Insane asylums Bombay 1873-77 - 1873-1877
Year: 1873
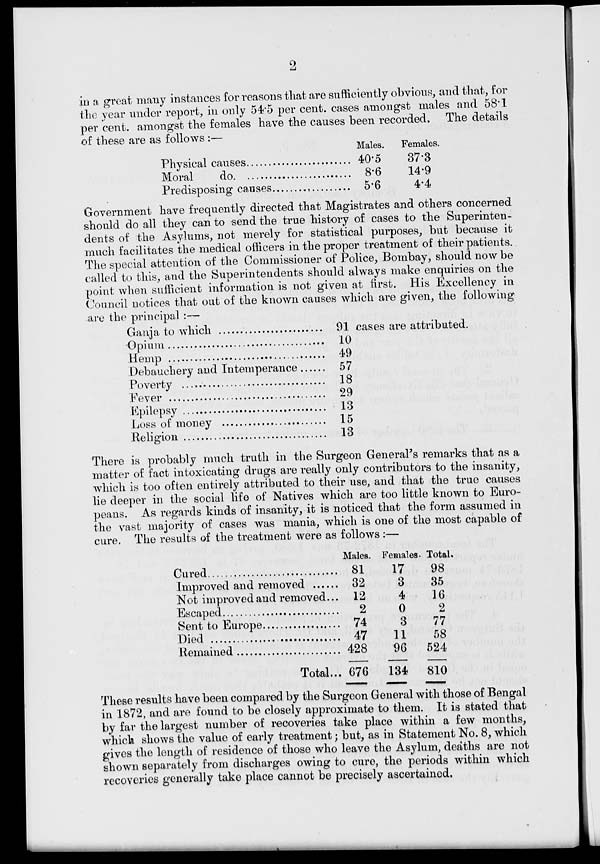
2
in a great many instances for reasons that are sufficiently obvious, and that, for
the year under report, in only 54.5 per cent. cases amongst males and 58.1
per cent. amongst the females have the causes been recorded. The details
of these are as follows :—
Physical causes ...................................
Moral do. ...................................
Predisposing causes ...................................
Males.
40.5
8.6
5.6
Females.
37.3
14.9
4.4
Government have frequently directed that Magistrates and others concerned
should do all they can to send the true history of cases to the Superinten-
dents of the Asylums, not merely for statistical purposes, but because it
much facilitates the medical officers in the proper treatment of their patients..
The special attention of the Commissioner of Police, Bombay, should now be
called to this, and the Superintendents should always make enquiries on the
point when sufficient information is not given at first. His Excellency in
Council notices that out of the known causes which are given, the following
are the principal :—
Ganja to which
Opium
Hemp
Debauchery and Intemperance
Poverty
Fever
Epilepsy
Loss of money
Religion
91 cases are attributed.
10
49
57
18
29
13
15
13
There is probably much truth in the Surgeon General's remarks that as a
matter of fact intoxicating drugs are really only contributors to the insanity,
which is too often entirely attributed to their use, and that the true causes
lie deeper in the social life of Natives which are too little known to Euro-
peans. As regards kinds of insanity, it is noticed that the form assumed in
the vast majority of cases was mania, which is one of the most capable of
cure. The results of the treatment were as follows:—
Cured
Improved and removed .........
Not improved and removed...
Escaped
Sent to Europe
Died
Remained
Total ...
Males.
81
32
12
2
74
47
428
676
Females.
17
3
4
0
3
11
96
134
Total.
98
35
16
2
77
58
524
810
These results have been compared by the Surgeon General with those of Bengal
in 1872, and are found to be closely approximate to them. It is stated that
by far the largest number of recoveries take place within a few months,
which shows the value of early treatment; but, as in Statement No. 8, which
gives the length of residence of those who leave the Asylum, deaths are not
shown separately from discharges owing to cure, the periods within which
recoveries generally take place cannot be precisely ascertained.